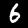
Digit: 6